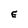
Character: E